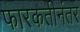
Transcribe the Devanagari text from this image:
फारकतीनंतर